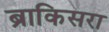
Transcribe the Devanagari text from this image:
ब्राकिसरा